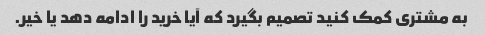
به مشتری کمک کنید تصمیم بگیرد که آیا خرید را ادامه دهد یا خیر.